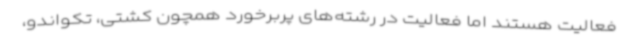
فعالیت هستند اما فعالیت در رشته‌های پربرخورد همچون کشتی، تکواندو،